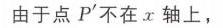
由于点$P'$不在$x$轴上，